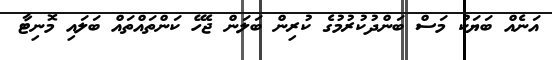
އަނެއް ބަޔަކު މަސް ބަންދުކުރުމުގެ ކުރިން ބަލަން ޖެހޭ ކަންތައްތައް ބަލައި މޮނިޓާ